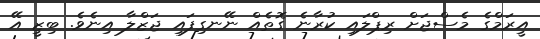
އީރަމްގެ މެސްޖަށް ރިޕްލައި ކުރާނެ ގޮތެއް ނޭނގިފައި ޖަޒްލާ އިނެވެ. ބިޒީ އޭ